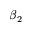
\beta _ { 2 }